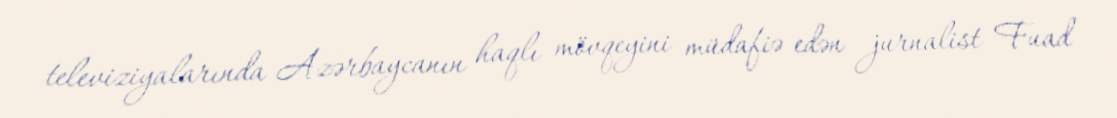
televiziyalarında Azərbaycanın haqlı mövqeyini müdafiə edən jurnalist Fuad